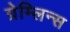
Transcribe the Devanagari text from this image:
ग्रेम्लिन्स